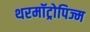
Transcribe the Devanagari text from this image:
थरमॉट्रोपिज्म